Rangoon Lunatic Asylum 1893-1897 - 1893-1897
Year: 1893
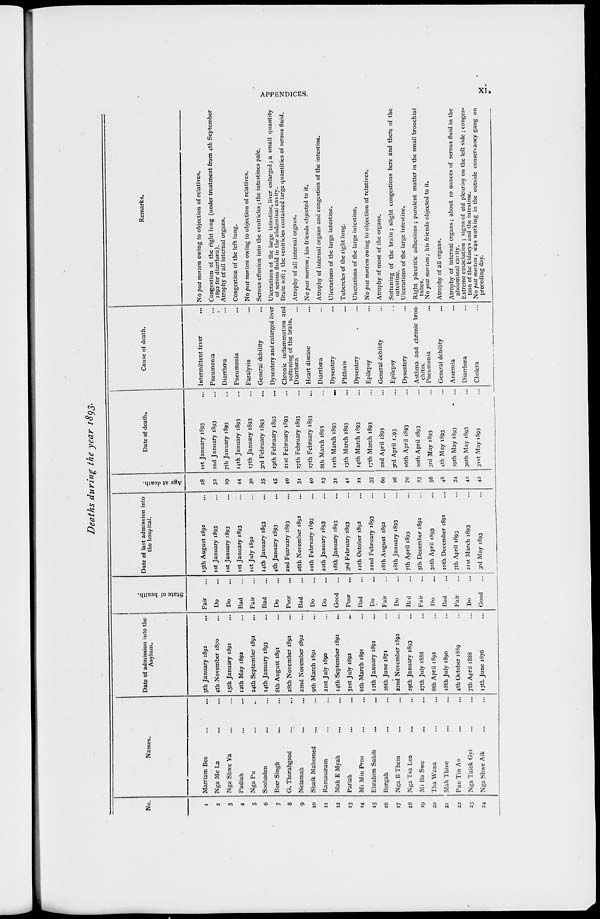
APPENDICES.
xi.
Deaths during the year 1893.
No.
1
2
3
4
5
6
7
8
9
10
11
12
13
14
15
16
17
18
19
20
21
22
23
24
Names.
Marriam Bee ... ...
Nga Me Lo ... ...
Nga Shwe Ya ... ...
Padiah ... ...
Nga Pu ... ...
Soobaden ... ...
Beer Singh ... ...
G. Thorahgood ... ...
Nelamah ... ...
Shaik Mahomed ... ...
Ramasaram ... ...
Mah E Myah ... ...
Pariah ... ...
Mi Min Proo ... ...
Ebrahim Sahib ... ...
Borgah ... ...
Nga B Thein ... ...
Nga Tsa Loo ... ...
Mi Ba Swe
Tha Wana ... ...
Mah Thine ... ...
Pan Tin Ao ... ...
Nga Talok Gyi ... ...
Nga Shwe Aik ... ...
Date of admission into the
Asylum.
5th January 1892 ...
4th November 1890 ...
15th January 1891 ...
12th May 1892 ...
24th September 1891 ...
14th January 1893 ...
8th August 1891 ...
28th November 1892 ...
22nd November 1892 ...
9th March 1891 ...
21st July 1890 ...
14th September 1892
...
31st July 1892 ...
6th March 1891 ...
12th January 1891 ...
26th June 1871 ...
22nd November 1892 ...
29th January 1893 ...
27th July 1888 ...
8th April 1892 ...
18th July 1890 ...
4th October 1889 ...
7th April 1888 ...
13th June 1876 ...
State of health.
Fair ...
Do ...
Do ...
Bad ...
Fair ...
Bad ...
Do ...
Poor ...
Bad ...
Do ...
Do ...
Good
...
Poor ...
Bad ...
Do ...
Fair ...
Do ...
Bad ...
Fair ...
Do ...
Bad ...
Fair ...
Do ...
Good ...
Date of last admission into
the hospital.
15th August 1892 ...
1st January 1893 ...
1st January 1893 ...
1st January 1893 ...
1st July 1892 ...
14th January 1893 ...
4th January 1893
...
2nd February 1893 ...
26th November 1892 ...
10th February 1893 ...
20th January 1893 ...
18th January 1893 ...
3rd February 1893 ...
12th October 1892 ...
22nd February 1893 ...
18th August 1892 ...
18th January 1893 ...
7th April 1893 ...
5th December 1892 ...
30th April 1893 ...
10th December 1891 ...
7th April 1893 ...
21st March 1893 ...
3rd May 1893 ...
Age at death.
28
32
29
44
30
35
45
40
31
40
23
31
41
21
35
60
26
70
23
56
48
34
42
42
Date of death.
1st January 1893 ...
2nd January 1893 ...
7th January 1893 ...
14th January 1893 ...
17th January 1893 ...
3rd February 1893 ...
19th February 1893
...
21st February 1893 ...
27th February 1893 ...
27th February 1893 ...
8th March 1893 ...
11th March 1893
...
13th March 1893 ...
14th March 1893 ...
17th March 1893 ...
2nd April 1893 ...
3rd April 1893 ...
16th April 1893 ...
20th April 1893 ...
3rd May 1893 ...
4th May 1893 ...
29th May 1893 ...
30th May 1893 ...
31st May 1893 ...
Cause of death.
Intermittent fever ...
Pneumonia ...
Diarrhœa ...
Pneumonia ...
Paralysis ...
General debility ...
Dysentery and enlarged liver
Chronic inflammation and
softening of the brain.
Diarrhœa ...
Heart disease ...
Diarrhœa ...
Dysentery ...
Phthisis ...
Dysentery ...
Epilepsy ...
General debility ...
Epilepsy ...
Dysentery ...
Asthma and chronic bron-
chitis.
Pneumonia ...
General debility ...
Anœmia ...
Diarrhœa ...
Cholera ...
Remarks.
No post mortem owing to objection of relatives.
Congestion of the right lung (under treatment from 4th September
1892 for diarrhœa).
Atrophy of all internal organs.
Congestion of the left lung.
No post mortem owing to objection of relatives.
Serous effusion into the ventricles; the intestines pale.
Ulcerations of the large intestine, liver enlarged; a small quantity
of serous fluid in the abdominal cavity.
Brain soft; the ventricles contained large quantities of serous fluid.
Atrophy of all internal organs.
No post mortem ; his friends objected to it.
Atrophy of internal organs and congestion of the intestine.
Ulcerations of the large intestine.
Tubercles of the right lung.
Ulcerations of the large intestine.
No post mortem owing to objection of relatives.
Atrophy of most of the organs.
Softening of the brain; slight congestions here and there of the
intestine.
Ulcerations of the large intestine.
Right pleuritic adhesions ; purulent matter in the small bronchial
tubes.
No post mortem; his friends objected to it.
Atrophy of all organs.
Atrophy of internal organs; about 10 ounces of serous fluid in the
abdominal cavity.
Extreme emaciation ; signs of old pleurisy on the left side ; conges-
tion of the kidneys and the intestine.
No post mortem ; was working in the outside conservancy gang on
preceding day.